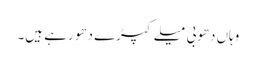
وہاں دھوبی میلے کپڑے دھو رہے ہیں۔